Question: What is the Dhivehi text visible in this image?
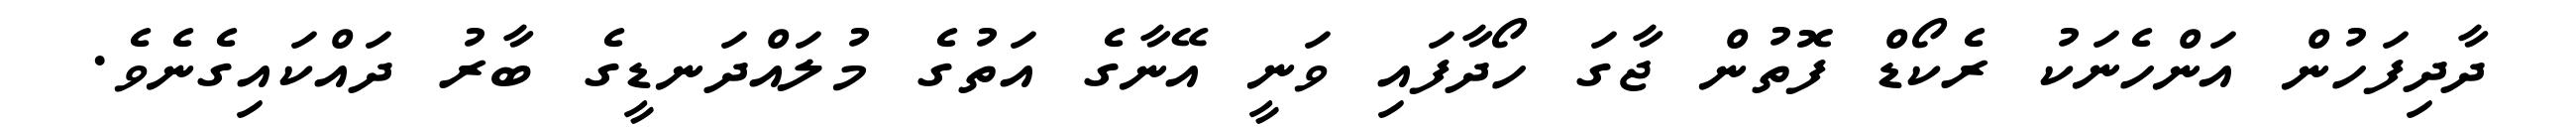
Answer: ދާދިފަހުން އަންހެނަކު ރެކޯޑް ފޮތުން ޖާގަ ހޯދާފައި ވަނީ އޭނާގެ އަތުގެ މުލައްދަނޑީގެ ބާރު ދައްކައިގެނެވެ.